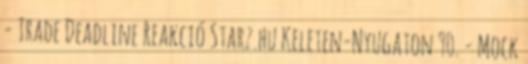
- Trade Deadline Reakció Starz.hu Keleten-Nyugaton 90. - Mock